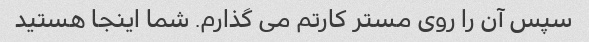
سپس آن را روی مستر کارتم می گذارم. شما اینجا هستید